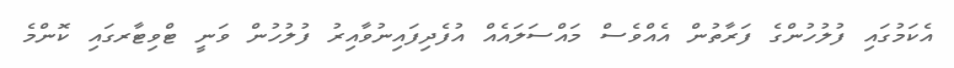
އެކަމުގައި ފުލުހުންގެ ފަރާތުން އެއްވެސް މައްސަލައެއް އުފެދިފައިނުވާއިރު ފުލުހުން ވަނީ ޓްވިޓާރގައި ކޮންމެ